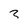
Character: 3